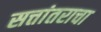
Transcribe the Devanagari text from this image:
सत्तांतराचा